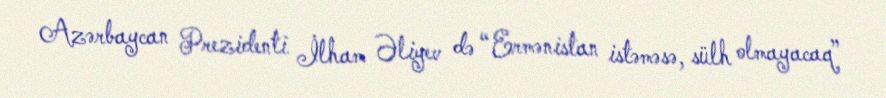
Azərbaycan Prezidenti İlham Əliyev də “Ermənistan istəməsə, sülh olmayacaq”